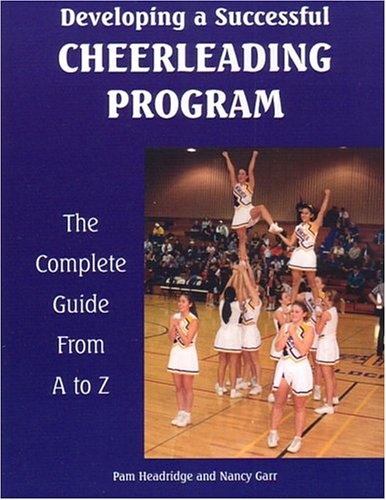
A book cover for Developing A Successful Cheerleading Program (Developing a Successful Program); Pam Headridge; Sports & Outdoors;